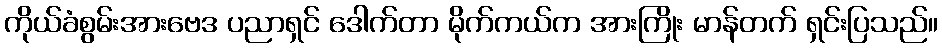
ကိုယ်ခံစွမ်းအားဗေဒ ပညာရှင် ဒေါက်တာ မိုက်ကယ်က အားကြိုး မာန်တက် ရှင်းပြသည်။